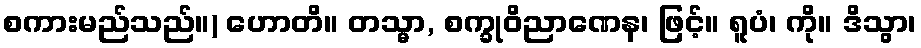
စကားမည်သည်။) ဟောတိ။ တသ္မာ, စက္ခုဝိညာဏေန၊ ဖြင့်။ ရူပံ၊ ကို။ ဒိသွာ၊